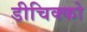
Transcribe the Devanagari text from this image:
डीचिक्को